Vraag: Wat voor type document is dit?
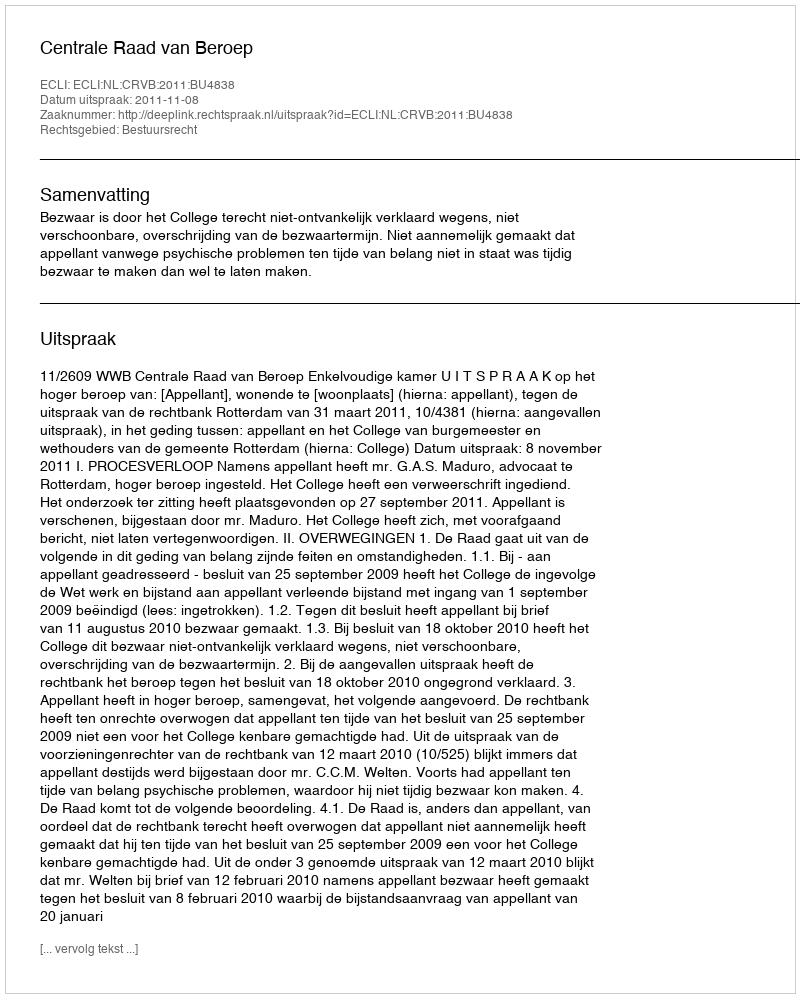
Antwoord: Uitspraak